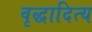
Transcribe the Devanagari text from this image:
वृद्धादित्य